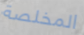
المخلصة